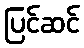
ပြင်ဆင်